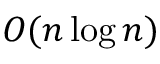
O ( n \log { n } )